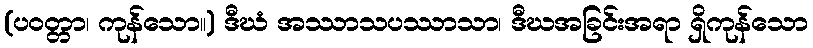
(ပဝတ္တာ၊ ကုန်သော။) ဒီဃံ အဿာသပဿာသာ၊ ဒီဃအခြင်းအရာ ရှိကုန်သော